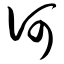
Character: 诃